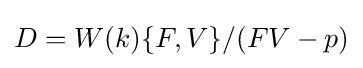
D=W(k)\{F,V\}/(FV-p)